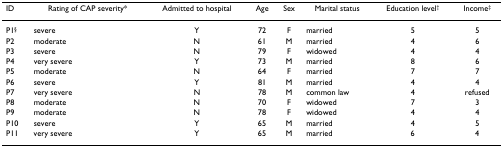
<table><thead><tr><td><b>ID</b></td><td><b>Rating of CAP severity*</b></td><td><b>Admitted to hospital</b></td><td><b>Age</b></td><td><b>Sex</b></td><td><b>Marital status</b></td><td><b>Education level<sup>†</sup></b></td><td><b>Income<sup>‡</sup></b></td></tr></thead><tbody><tr><td>P1<sup>§</sup></td><td>severe</td><td>Y</td><td>72</td><td>F</td><td>married</td><td>5</td><td>5</td></tr><tr><td>P2</td><td>moderate</td><td>N</td><td>61</td><td>M</td><td>married</td><td>4</td><td>6</td></tr><tr><td>P3</td><td>severe</td><td>N</td><td>79</td><td>F</td><td>widowed</td><td>4</td><td>4</td></tr><tr><td>P4</td><td>very severe</td><td>Y</td><td>73</td><td>M</td><td>married</td><td>8</td><td>6</td></tr><tr><td>P5</td><td>moderate</td><td>N</td><td>64</td><td>F</td><td>married</td><td>7</td><td>7</td></tr><tr><td>P6</td><td>severe</td><td>Y</td><td>81</td><td>M</td><td>married</td><td>4</td><td>4</td></tr><tr><td>P7</td><td>very severe</td><td>N</td><td>78</td><td>M</td><td>common law</td><td>4</td><td>refused</td></tr><tr><td>P8</td><td>moderate</td><td>N</td><td>70</td><td>F</td><td>widowed</td><td>7</td><td>3</td></tr><tr><td>P9</td><td>moderate</td><td>N</td><td>78</td><td>F</td><td>widowed</td><td>4</td><td>4</td></tr><tr><td>P10</td><td>severe</td><td>Y</td><td>65</td><td>M</td><td>married</td><td>4</td><td>5</td></tr><tr><td>P11</td><td>very severe</td><td>Y</td><td>65</td><td>M</td><td>married</td><td>6</td><td>4</td></tr></tbody></table>